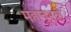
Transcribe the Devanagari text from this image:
महानुभवों